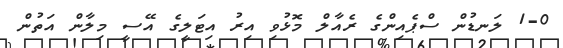
1-0 ލަނޑުން ސްޕެއިންގެ ރެއާލް މޮޅުވި އިރު އިޓަލީގެ އޭސީ މިލާން އަތުން